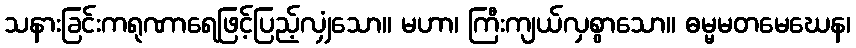
သနားခြင်းကရုဏာရေဖြင့်ပြည့်လျှံသော။ မဟာ၊ ကြီးကျယ်လှစွာသော။ ဓမ္မမတမေဃေန၊